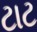
ટાટ